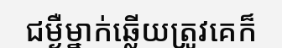
ជម្ងឺម្នាក់ឆ្លើយត្រូវគេក៏